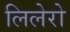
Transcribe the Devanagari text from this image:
लिलेरो